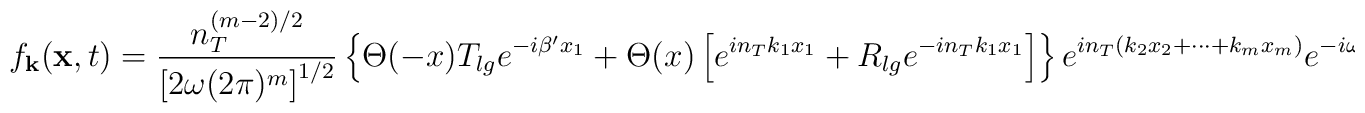
f_{\bf k}({\bf x},t) ={ n_T^{(m-2)/2}\over\left[ 2\omega (2\pi)^m\right]^{1/2}} \left\{ \Theta(-x) T_{lg} e^{-i\beta' x_1} +\Theta(x) \left[ e^{in_Tk_1x_1} + R_{lg} e^{-in_Tk_1x_1}\right]\right\} e^{in_T(k_2x_2+\cdots +k_mx_m)}e^{-i\omega t},